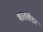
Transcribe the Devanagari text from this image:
भातखेडा